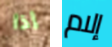
إذا إلام